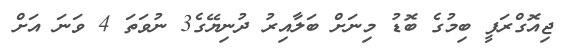
ޖިއޮގްރަފީ ބިމުގެ ބޮޑު މިނަށް ބަލާއިރު ދުނިޔޭގެ3 ނުވަތަ 4 ވަނަ އަށް